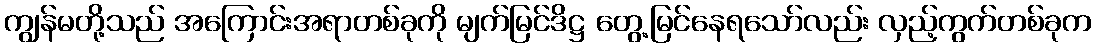
ကျွန်မတို့သည် အကြောင်းအရာတစ်ခုကို မျက်မြင်ဒိဋ္ဌ တွေ့မြင်နေရသော်လည်း လှည့်ကွက်တစ်ခုက